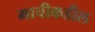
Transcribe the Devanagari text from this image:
माचीकडील